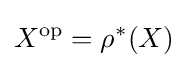
X^{\mathrm {op} }=\rho ^{*}(X)